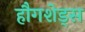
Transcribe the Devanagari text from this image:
हौगशेड्स